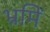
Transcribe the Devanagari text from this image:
भ्रमिं